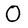
Character: O